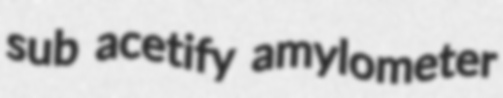
sub acetify amylometer